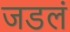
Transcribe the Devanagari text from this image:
जडलं